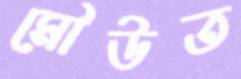
মৌউত